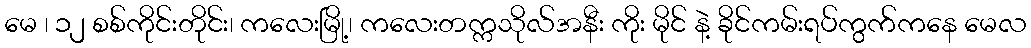
မေ ၊ ၁၂ စစ်ကိုင်းတိုင်း၊ ကလေးမြို့၊ ကလေးတက္ကသိုလ်အနီး ကိုး မိုင် နဲ့ ခိုင်ကမ်းရပ်ကွက်ကနေ မေလ